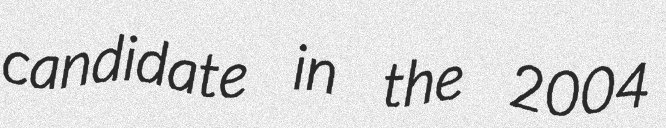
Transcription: candidate in the 2004